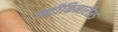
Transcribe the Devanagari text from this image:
नदीकिनारी३५